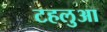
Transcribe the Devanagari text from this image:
टहलुआ